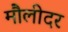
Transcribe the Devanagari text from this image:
मौलीदर